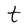
Character: t